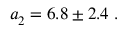
a _ { 2 } ^ { \phantom { l } } = 6 . 8 \pm 2 . 4 \; .